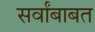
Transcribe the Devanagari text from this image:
सर्वांबाबत